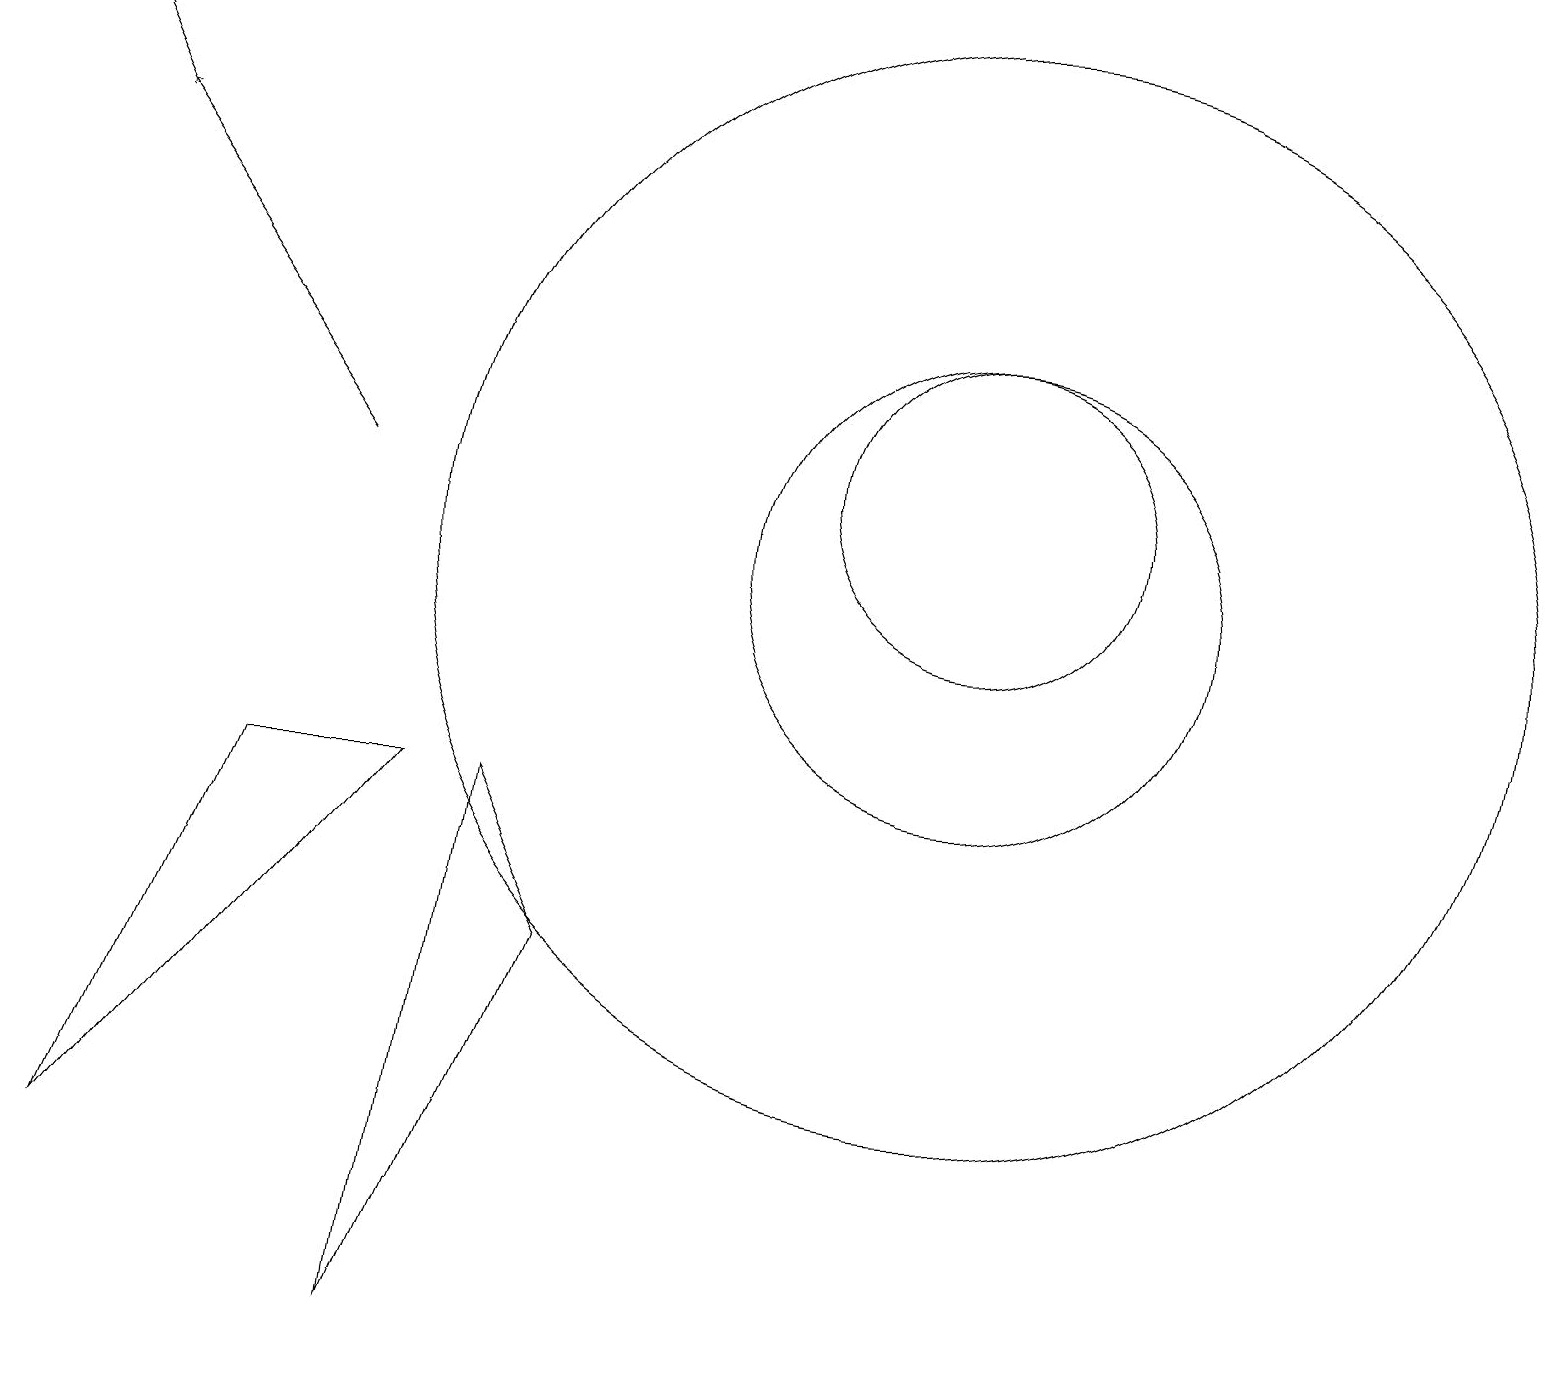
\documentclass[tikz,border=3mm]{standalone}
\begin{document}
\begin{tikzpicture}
\draw (12,10) circle (7);
\draw[->] (4,11) -- (1,15);
\draw (6,7) -- (5,0) -- (7,5) -- cycle;
\draw[->] (1,15) -- (0,17);
\draw (12,10) circle (3);
\draw (12,11) circle (2);
\draw (5,7) -- (3,7) -- (1,2) -- cycle;
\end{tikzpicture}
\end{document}